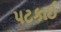
પટકાઈ